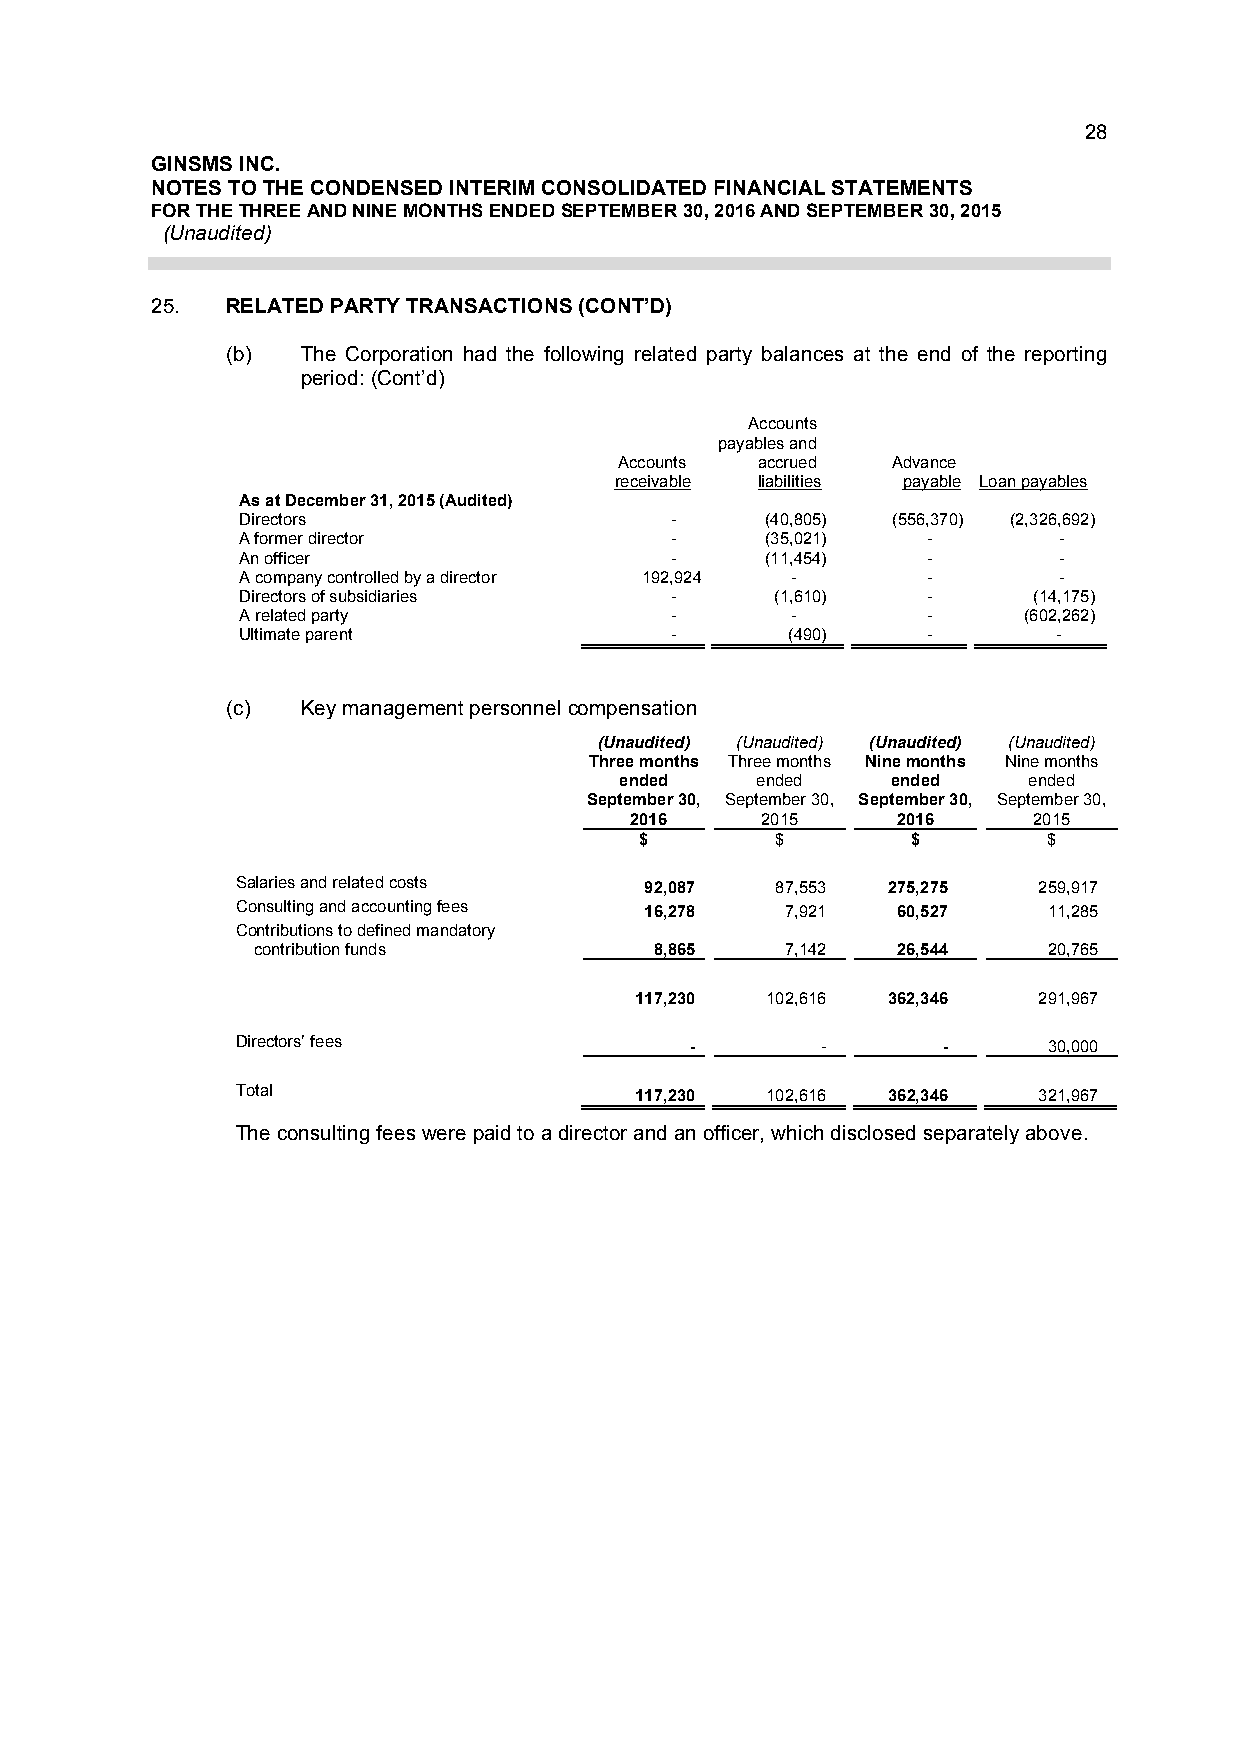
28
 GINSMS INC.
 NOTES TO THE CONDENSED INTERIM CONSOLIDATED FINANCIAL STATEMENTS
 FOR THE THREE AND NINE MONTHS ENDED SEPTEMBER 30, 2016 AND SEPTEMBER 30, 2015
 (Unaudited)
 25.  RELATED PARTY TRANSACTIONS (CONT’D)
 (b)  The Corporation had the following related party balances at the end of the reporting
 period: (Cont’d)
 Accounts
 payables and
 Accounts accrued  Advance
 receivable liabilities payable Loan payables
 As at December 31, 2015 (Audited)
 Directors                   -      (40,805) (556,370) (2,326,692)
 A former director           -      (35,021)  -        -
 An officer                  -      (11,454)  -        -
 A company controlled by a director 192,924 - -        -
 Directors of subsidiaries   -      (1,610)   -      (14,175)
 A related party             -       -        -      (602,262)
 Ultimate parent             -       (490)    -        -
 (c)  Key management personnel compensation
 (Unaudited) (Unaudited) (Unaudited) (Unaudited)
 Three months Three months Nine months Nine months
 ended    ended    ended    ended
 September 30, September 30, September 30, September 30,
 2016    2015     2016     2015
 $        $        $        $
 Salaries and related costs 92,087  87,553  275,275   259,917
 Consulting and accounting fees 16,278 7,921 60,527   11,285
 Contributions to defined mandatory
 contribution funds        8,865    7,142  26,544    20,765
 117,230  102,616 362,346   291,967
 Directors’ fees               -       -       -      30,000
 Total                     117,230  102,616 362,346   321,967
 The consulting fees were paid to a director and an officer, which disclosed separately above.